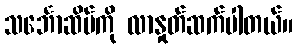
သင်္ဘောဆိပ်ကို လာနှုတ်ဆက်ပါတယ်။